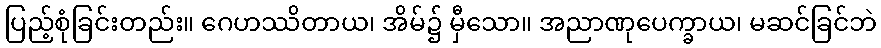
ပြည့်စုံခြင်းတည်း။ ဂေဟဿိတာယ၊ အိမ်၌ မှီသော။ အညာဏုပေက္ခာယ၊ မဆင်ခြင်ဘဲ